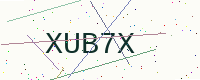
Text: XUB7X